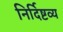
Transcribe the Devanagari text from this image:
निर्दिष्टव्य